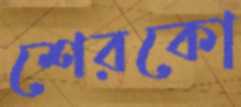
শেরকো